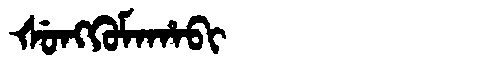
Manchu: ᡧᡠᠩᡴᡠᠮᠠᡥᠠᠪᡳ
Romanization: ŠUNGKUMAHABI